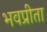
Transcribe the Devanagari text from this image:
भवप्रीता